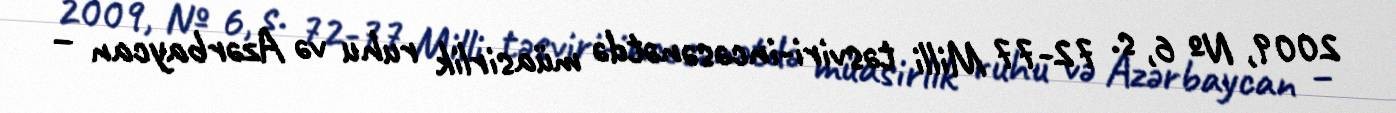
2009, № 6, s. 72-77 Milli təsviri-incəsənətdə müasirlik ruhu və Azərbaycan –